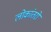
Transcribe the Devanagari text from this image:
लोकांतरों